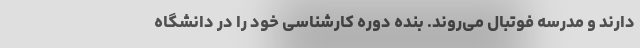
دارند و مدرسه فوتبال می‌روند. بنده دوره کارشناسی خود را در دانشگاه